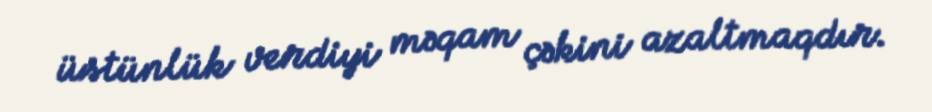
üstünlük verdiyi məqam çəkini azaltmaqdır.